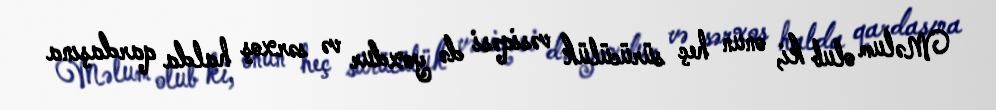
Məlum olub ki, onun heç sürücülük vəsiqəsi də yoxdur və sərxoş halda qardaşına